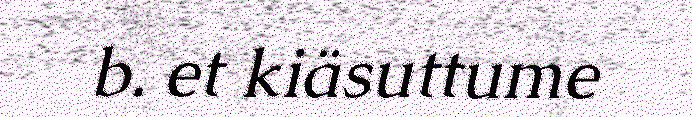
b. et kiäsuttume